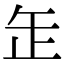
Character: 𦈢